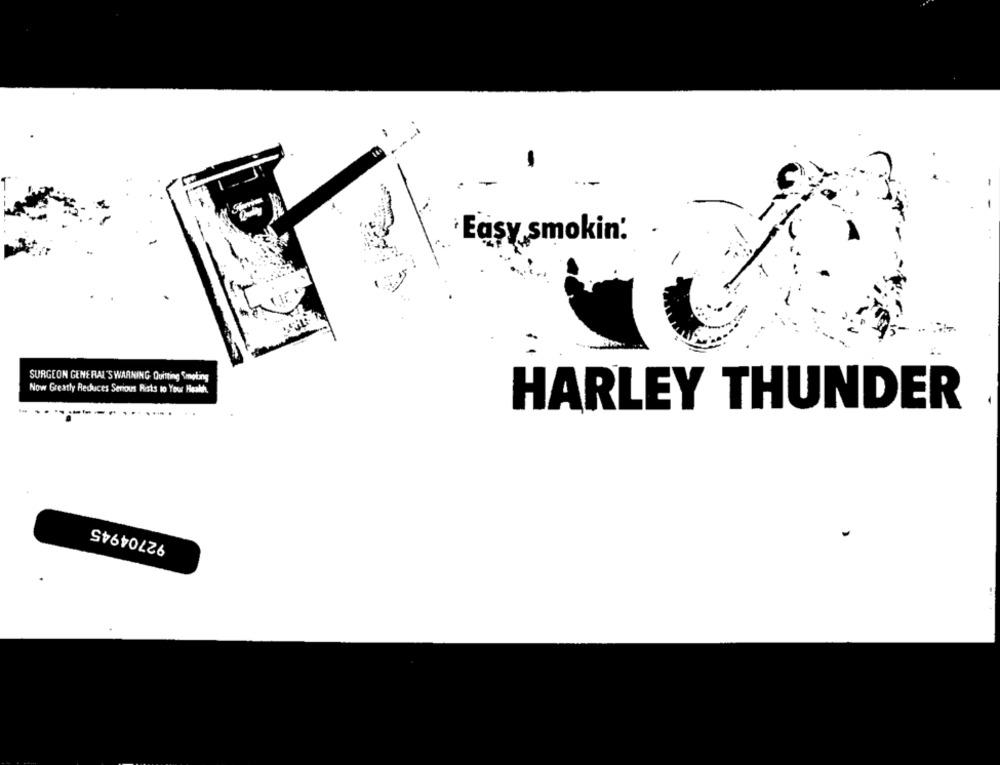
Easy smokin:
SURGEON GENERAL'S WARNING Quitting Smoking
Now Greatly Reduces Serious Rists to Your Health.
HARLEY THUNDER
92704945